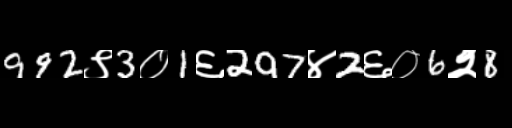
Text: 992९3०1६297४2६०6२8